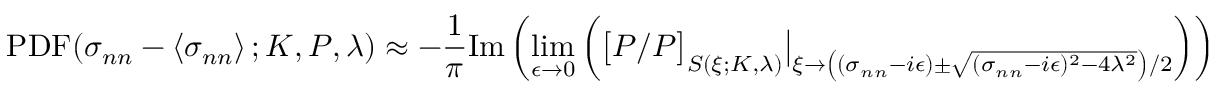
\mathrm { P D F } ( \sigma _ { n n } - \left\langle \sigma _ { n n } \right\rangle ; K , P , \lambda ) \approx - \frac { 1 } { \pi } \mathrm { I m } \left( \operatorname* { l i m } _ { \epsilon \to 0 } \left( \big [ P / P \big ] _ { S ( \xi ; K , \lambda ) } \big \vert _ { \xi \to \left( ( \sigma _ { n n } - i \epsilon ) \pm \sqrt { ( \sigma _ { n n } - i \epsilon ) ^ { 2 } - 4 \lambda ^ { 2 } } \right) / 2 } \right) \right)